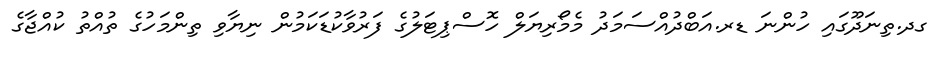
ގދ.ތިނަދޫގައި ހުންނަ ޑރ.އަބްދުއްސަމަދު މެމޯރިޔަލް ހޮސްޕިޓަލުގެ ފަރުވާކުޑަކަމުން ނިޔާވި ތިންމަހުގެ ތުއްތު ކުއްޖާގެ